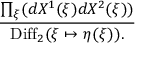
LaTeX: { \frac { \prod _ { \xi } ( d X ^ { 1 } ( \xi ) d X ^ { 2 } ( \xi ) ) } { \mathrm { D i f f } _ { 2 } ( \xi \mapsto \eta ( \xi ) ) . } }